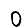
Digit: 0